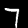
Label: 7